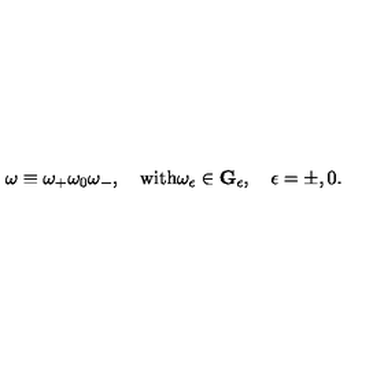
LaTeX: \omega \equiv \omega _ { + } \omega _ { 0 } \omega _ { - } , \quad \mathrm { w i t h } \omega _ { \epsilon } \in { \bf G } _ { \epsilon } , \quad \epsilon = \pm , 0 .